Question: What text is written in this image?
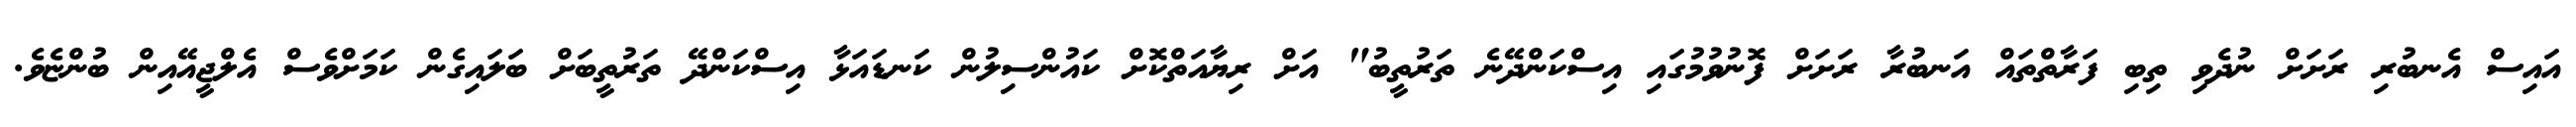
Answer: އައިސް އެނބުރި ރަށަށް ނުދެވި ތިބި ފަރާތްތައް އަނބުރާ ރަށަށް ފޮނުވުމުގައި އިސްކަންދޭނެ ތަރުތީބު" އަށް ރިޔާއަތްކޮށް ކައުންސިލުން ކަނޑައަޅާ އިސްކަންދޭ ތަރުތީބަށް ބަލައިގެން ކަމަށްވެސް އެލްޖީއޭއިން ބުންޏެވެ.